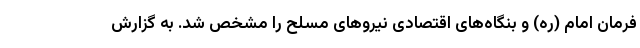
فرمان امام (ره) و بنگاه‌های اقتصادی نیروهای مسلح را مشخص شد. به گزارش